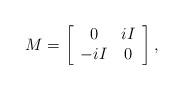
LaTeX: \begin{align*}M = \left[ \begin{array}{cc} 0&iI\\-iI&0 \end{array} \right],\end{align*}